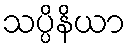
သပ္ပိနိယာ